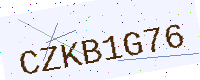
Text: CZKB1G76